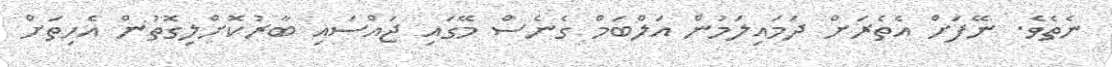
ނެތެވެ. ނޭފަށް އެތެރަށް ދަމައިލަމުން އަލްބަމް ގެނެސް މޭގައި ޖައްސައި ބާރުކޮށްލިގޮތުން އެހިތަށް